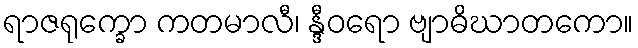
ရာဇရုက္ခော ကတမာလီ၊ န္ဒီဝရော ဗျာဓိဃာတကော။